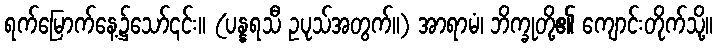
ရက်မြောက်နေ့၌သော်၎င်း။ (ပန္နရသီ ဥပုသ်အတွက်။) အာရာမံ၊ ဘိက္ခုတို့၏ ကျောင်းတိုက်သို့။